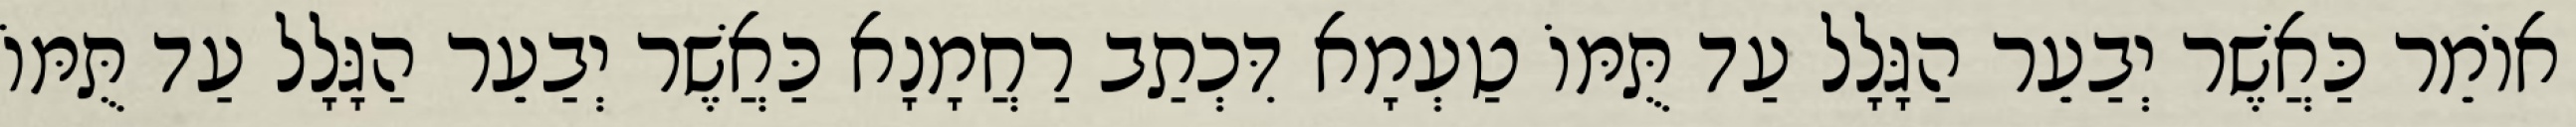
אוֹמֵר כַּאֲשֶׁר יְבַעֵר הַגָּלָל עַד תֻּמּוֹ טַעְמָא דִּכְתַב רַחֲמָנָא כַּאֲשֶׁר יְבַעֵר הַגָּלָל עַד תֻּמּוֹ